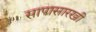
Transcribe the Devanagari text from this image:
सापासारखी